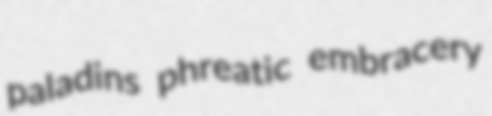
paladins phreatic embracery